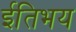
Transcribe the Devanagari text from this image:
ईतिभय